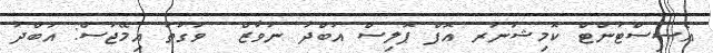
އެސިސްޓަންޓް ކޮމިޝަނަރ އޮފް ޕޮލިސް އަބްދު ނަވާޒް  ވަގުތު އިމޭޖަސް: އަބްދު